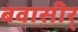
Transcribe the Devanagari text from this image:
बवासीर्